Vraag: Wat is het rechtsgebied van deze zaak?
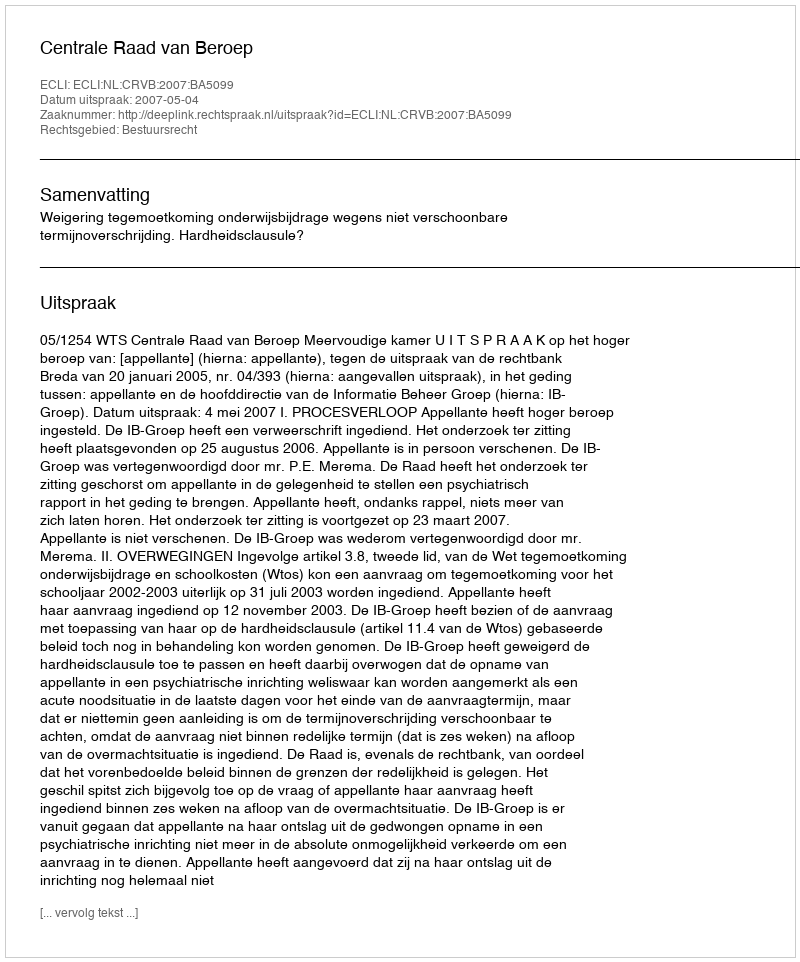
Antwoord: Bestuursrecht